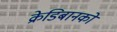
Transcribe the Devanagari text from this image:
क्रेडिबानको